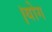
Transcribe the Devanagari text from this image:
।योग